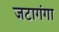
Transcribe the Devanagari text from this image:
जटागंगा